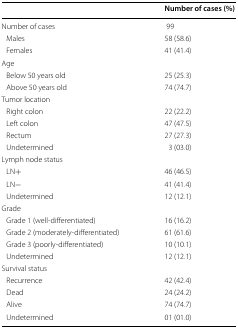
<table><thead><tr><td></td><td><b>Number of cases (%)</b></td></tr></thead><tbody><tr><td>Number of cases</td><td>99</td></tr><tr><td> Males</td><td>58 (58.6)</td></tr><tr><td> Females</td><td>41 (41.4)</td></tr><tr><td colspan="2">Age</td></tr><tr><td> Below 50 years old</td><td>25 (25.3)</td></tr><tr><td> Above 50 years old</td><td>74 (74.7)</td></tr><tr><td colspan="2">Tumor location</td></tr><tr><td> Right colon</td><td>22 (22.2)</td></tr><tr><td> Left colon</td><td>47 (47.5)</td></tr><tr><td> Rectum</td><td>27 (27.3)</td></tr><tr><td> Undetermined</td><td>3 (03.0)</td></tr><tr><td colspan="2">Lymph node status</td></tr><tr><td> LN+</td><td>46 (46.5)</td></tr><tr><td> LN−</td><td>41 (41.4)</td></tr><tr><td> Undetermined</td><td>12 (12.1)</td></tr><tr><td colspan="2">Grade</td></tr><tr><td> Grade 1 (well-differentiated)</td><td>16 (16.2)</td></tr><tr><td> Grade 2 (moderately-differentiated)</td><td>61 (61.6)</td></tr><tr><td> Grade 3 (poorly-differentiated)</td><td>10 (10.1)</td></tr><tr><td> Undetermined</td><td>12 (12.1)</td></tr><tr><td colspan="2">Survival status</td></tr><tr><td> Recurrence</td><td>42 (42.4)</td></tr><tr><td> Dead</td><td>24 (24.2)</td></tr><tr><td> Alive</td><td>74 (74.7)</td></tr><tr><td> Undetermined</td><td>01 (01.0)</td></tr></tbody></table>